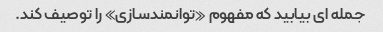
جمله ای بیابید که مفهوم «توانمندسازی» را توصیف کند.